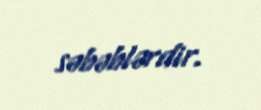
səbəblərdir.